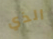
الذي